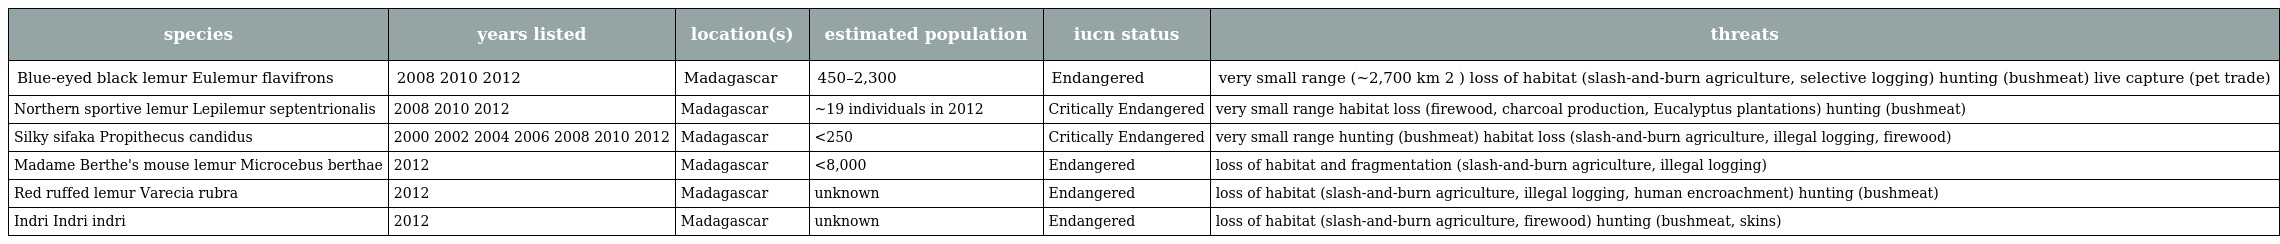
| species | years listed | location(s) | estimated population | iucn status | threats |
 | --- | --- | --- | --- | --- | --- |
 | Blue-eyed black lemur Eulemur flavifrons | 2008 2010 2012 | Madagascar | 450–2,300 | Endangered | very small range (~2,700 km 2 ) loss of habitat (slash-and-burn agriculture, selective logging) hunting (bushmeat) live capture (pet trade) |
 | Northern sportive lemur Lepilemur septentrionalis | 2008 2010 2012 | Madagascar | ~19 individuals in 2012 | Critically Endangered | very small range habitat loss (firewood, charcoal production, Eucalyptus plantations) hunting (bushmeat) |
 | Silky sifaka Propithecus candidus | 2000 2002 2004 2006 2008 2010 2012 | Madagascar | <250 | Critically Endangered | very small range hunting (bushmeat) habitat loss (slash-and-burn agriculture, illegal logging, firewood) |
 | Madame Berthe's mouse lemur Microcebus berthae | 2012 | Madagascar | <8,000 | Endangered | loss of habitat and fragmentation (slash-and-burn agriculture, illegal logging) |
 | Red ruffed lemur Varecia rubra | 2012 | Madagascar | unknown | Endangered | loss of habitat (slash-and-burn agriculture, illegal logging, human encroachment) hunting (bushmeat) |
 | Indri Indri indri | 2012 | Madagascar | unknown | Endangered | loss of habitat (slash-and-burn agriculture, firewood) hunting (bushmeat, skins) |